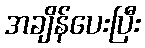
အချိန်ပေးပြီး